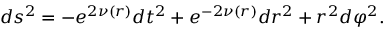
d s ^ { 2 } = - e ^ { 2 \nu ( r ) } d t ^ { 2 } + e ^ { - 2 \nu ( r ) } d r ^ { 2 } + r ^ { 2 } d \varphi ^ { 2 } .